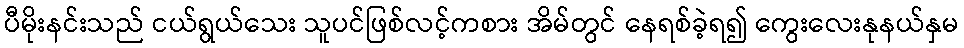
ပီမိုးနင်းသည် ငယ်ရွယ်သေး သူပင်ဖြစ်လင့်ကစား အိမ်တွင် နေရစ်ခဲ့ရ၍ ကွေးလေးနုနယ်နှမ